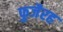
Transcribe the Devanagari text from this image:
फुजैरह